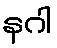
နဂါ